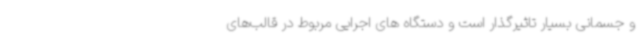
و جسمانی بسیار تاثیرگذار است و دستگاه های اجرایی مربوط در قالب‌های